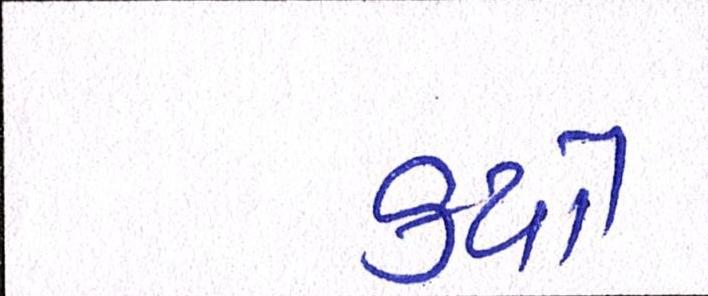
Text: કયો